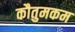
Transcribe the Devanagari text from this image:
कौतुमकम